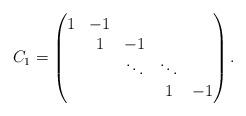
LaTeX: \begin{align*} C_1=\begin{pmatrix}1&-1\\&1&-1\\&&\ddots&\ddots\\&&&1&-1\end{pmatrix}.\end{align*}